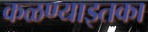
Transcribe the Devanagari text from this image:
कळण्याइतका